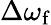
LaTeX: \Delta\omega_{\mathrm{f}}